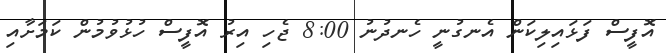
އޮފީސް ފަޅައިލިކަން އެނގުނީ ހެނދުނު 8:00 ޖެހި އިރު އޮފީސް ހުޅުވުމުން ކަމަށާއި